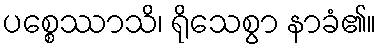
ပစ္စေဿာသိ၊ ရိုသေစွာ နာခံ၏။